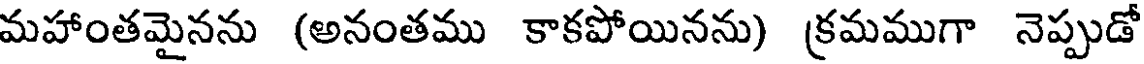
మహాంతమైనను (అనంతము కాకపోయినను) క్రమముగా నెప్పుడో